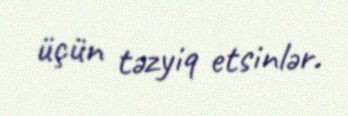
üçün təzyiq etsinlər.